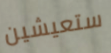
ستعيشين